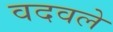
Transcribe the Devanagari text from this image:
वदवले